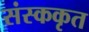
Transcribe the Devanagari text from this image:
संस्ककृत